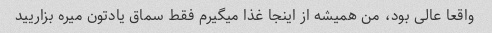
واقعا عالی بود، من همیشه از اینجا غذا میگیرم فقط سماق یادتون میره بزاریید